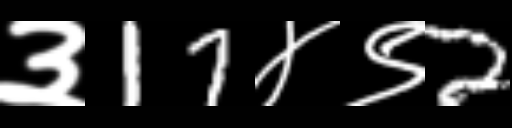
Text: ३17४९2